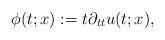
LaTeX: \begin{align*}\phi(t;x) := t\partial_{tt}u (t;x),\end{align*}